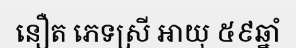
នឿត ភេទស្រី អាយុ ៥៩ឆ្នាំ